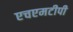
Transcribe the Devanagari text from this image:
एचएमटीपी